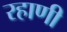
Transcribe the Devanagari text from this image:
रहाणी